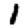
Digit: 1